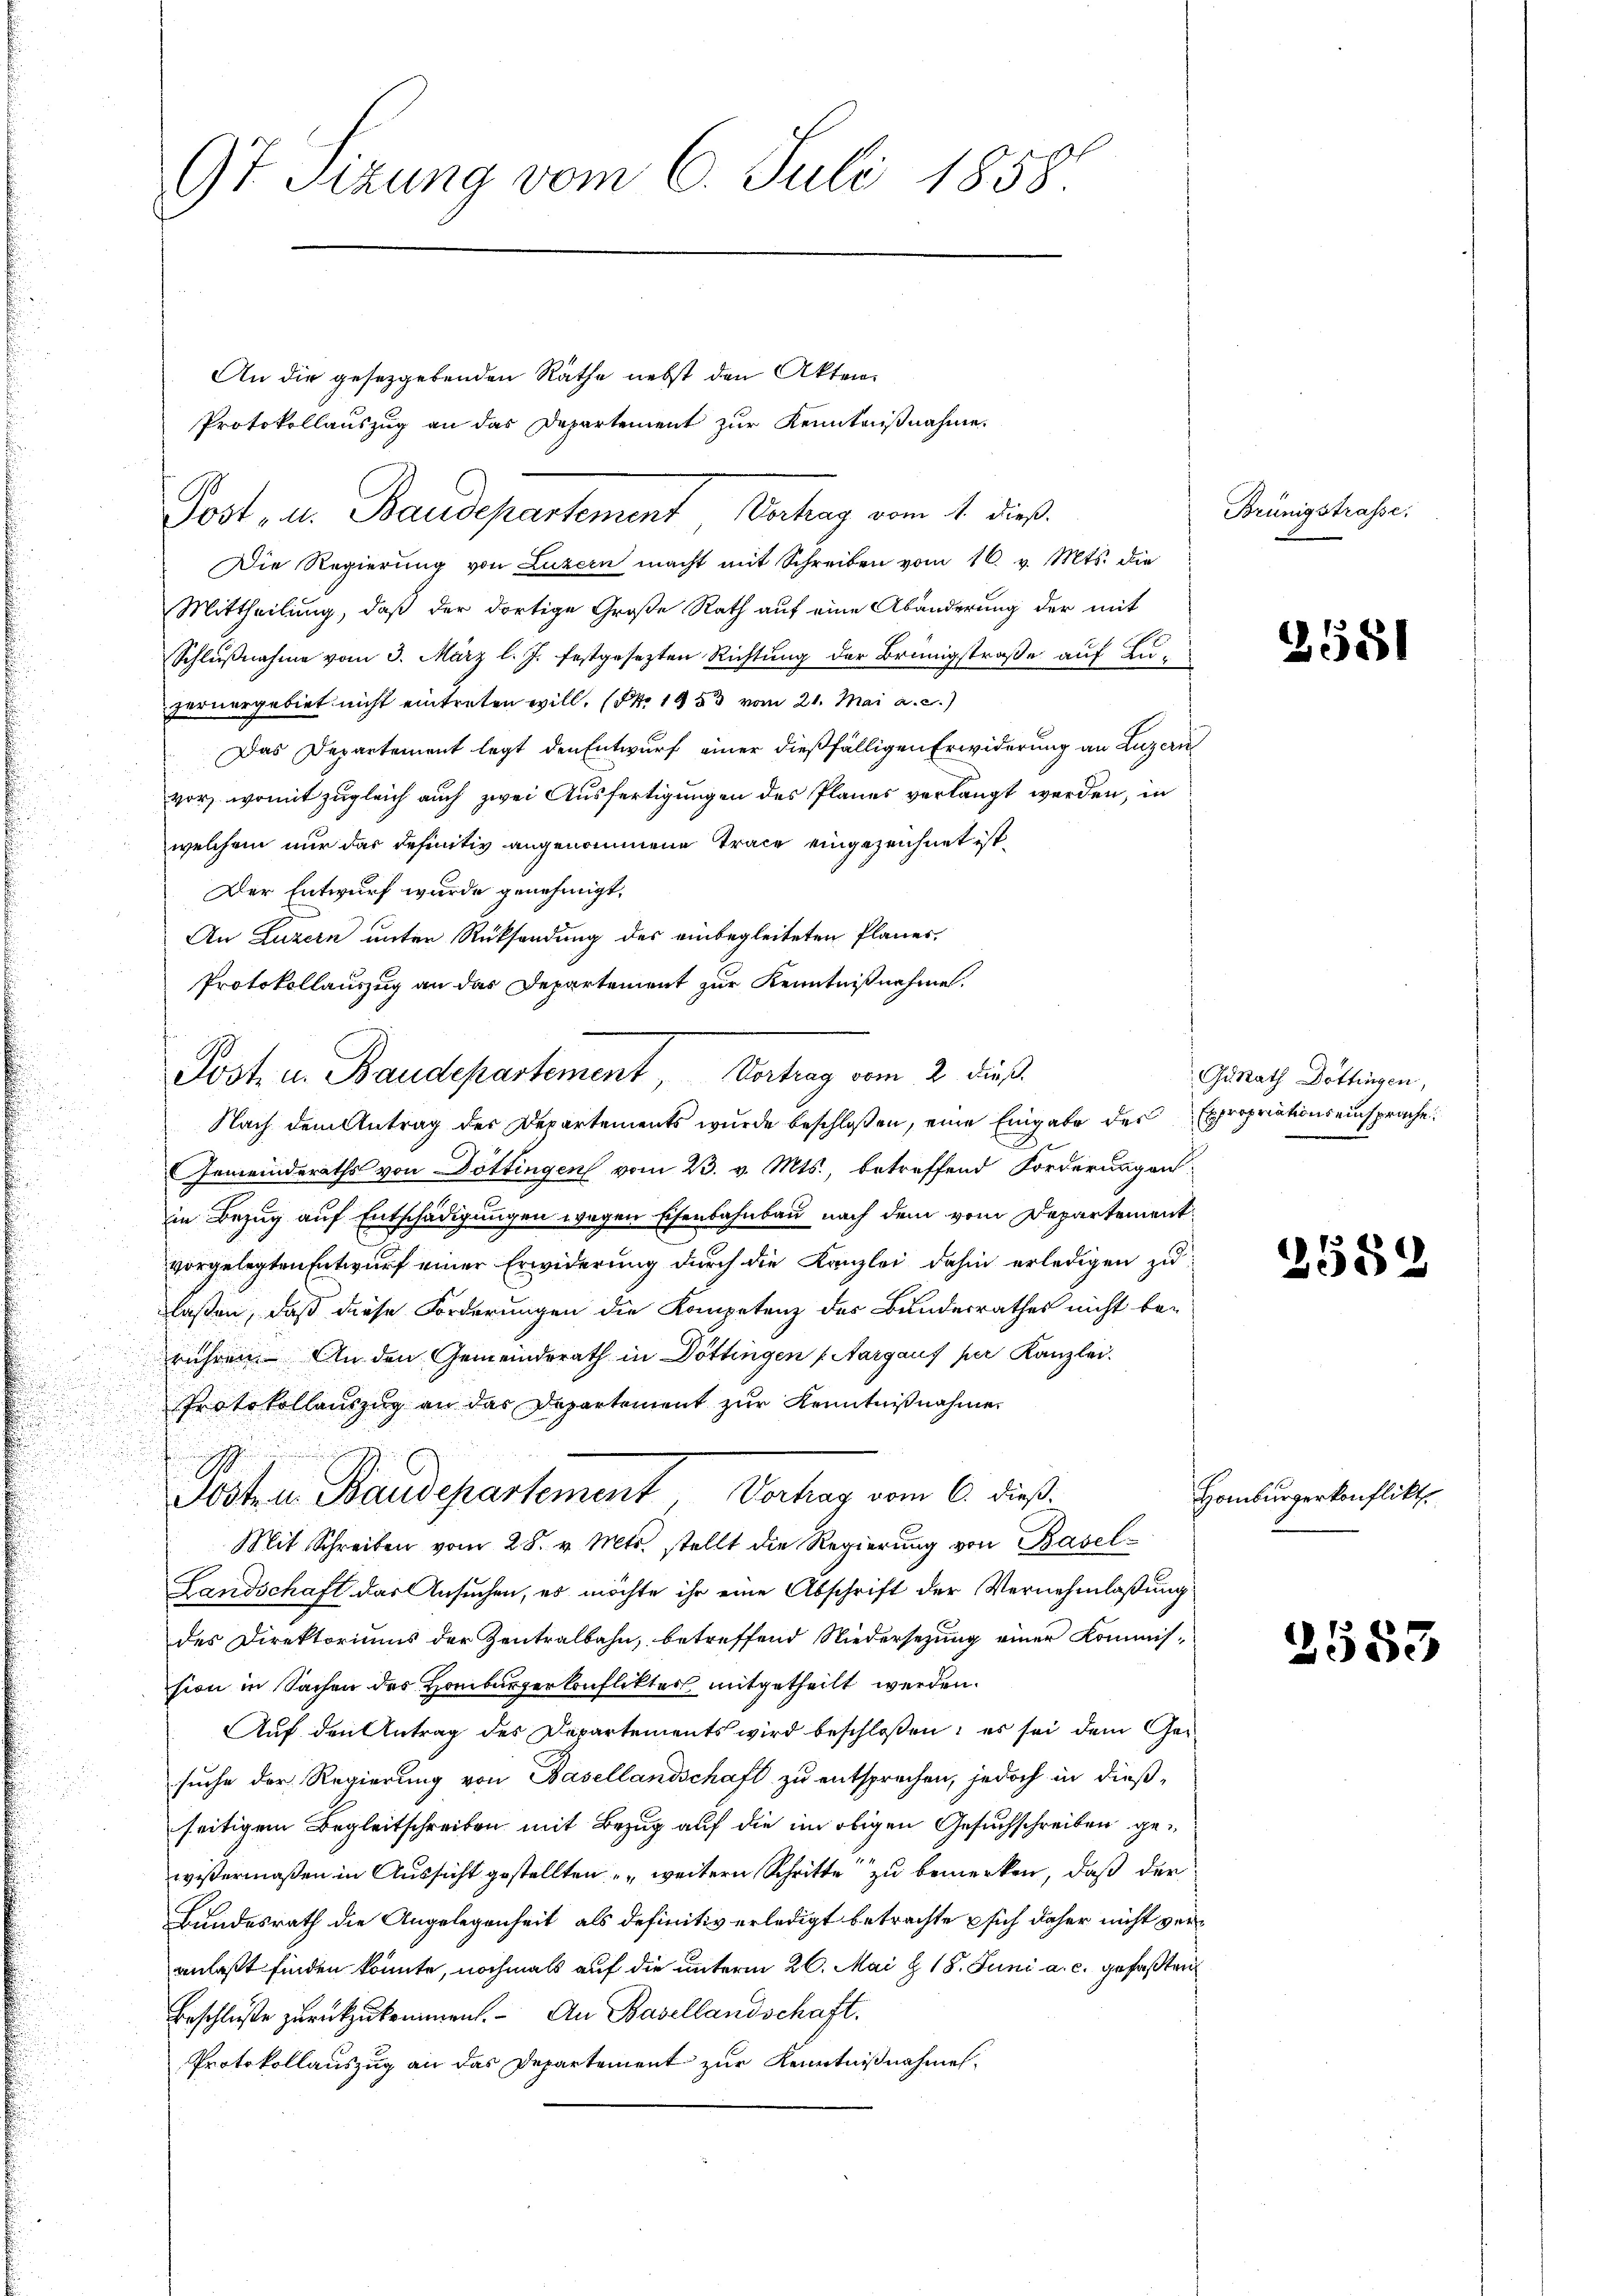
97 Sizung vom 6. Juli 1858.

An die gesetzgebenden Räthe nebst den Akten.
Protokollauszug an das Departement zur Kenntnißnahme.
Die Regierung von Luzern macht mit Schreiben vom 16. v. Mts. die
Mittheilung, daß der dortige Große Rath auf eine Abänderung der mit
Schlußnahme vom 3. März l. J. festgesezten Richtung der Brünigstraße auf Luzernergebiet nicht eintreten will. (NNo. 1953 vom 21. Mai a. c.)
Das Departement legt den Entwurf einer dießfälligen Erwiderung an Luzern
vor, womit zugleich auch zwei Ausfertigungen des Planes verlangt werden, in
welchem nur das definitiv angenommene Trace eingezeichnet ist.
Der Entwurf wurde genehmigt.
An Luzern unter Rücksendung des einbegleiteten Planes,
Protokollauszug an das Departement zur Kenntnißnahme.
Nach dem Antrag der Departements wurde beschloßen, eine Eingabe des Expropriationseinsprache
Gemeinderaths von Döttingen vom 23. v. Mts., betreffend Forderungen:
in Bezug auf Entschädigungen wegen Eisenbahnbau nach dem vom Departementvorgelegten Entwurf einer Erwiderung durch die Kanzlei dahin erledigen zulaßen, daß diese Forderungen die Kompetenz des Bundesrathes nicht be-
rühren. An den Gemeindsrath in Döttingen (Aargaus per Kanzlei.
Protokollauszug an das Departement zur Kenntnißnahme
.
Sostrer Baudepartement Vertrag vom 6. dieß.
Mit Schreiben vom 28. v. Mts. stellt die Regierung von Basel¬
Landschaft das Ansuchen, es möchte ihr eine Abschrift der Vernehmlaßung
des Direktoriums der Zentralbahn, betreffend Niedersezung einer Kommission in Sachen des Homburgerkonflikter mitgetheilt werden.
Auf den Antrag des Departements wird beschloßen: es sei dem Gesuche der Regierung von Basellandschaft zu entsprechen, jedoch in dießseitigem Begleitschreiben mit Bezug auf die im obigen Gesuchschreiben gewißermaßen in Aussicht gestellten weitern Schritte zu bemerken, daß der
Bundesrath die Angelegenheit als definitiv erledigt betrachte sich daher nicht veranlaßt finden könnte, nochmals auf die unterm 26. Mai & 18. Juni a. c. gefaßten
Beschluße zurückzukommen. An Basellandschaft.
Protokollauszug an das Departement zur Kenntnißnahmen,

Post, u. Baudepartement Wertung vom 1. dieß.

Post in Baudepartement Vertrag vom 2. dieß

Brünigstrasse:

2581

Gurath Dottingen,

2589

Homburgerkonflikt

2553